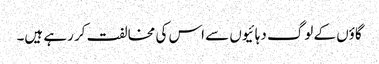
گاؤں کے لوگ دہائیوں سے اس کی مخالفت کر رہے ہیں۔